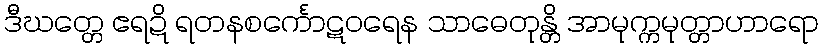
ဒီဃတ္တေ ဧရဍိ ရတနစင်္ကောဋဝရေန သာဓေတုန္တိ အာမုက္ကမုတ္တာဟာရော